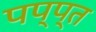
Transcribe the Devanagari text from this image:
पप्प्त